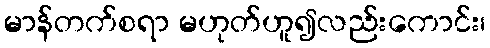
မာန်တက်စရာ မဟုတ်ဟူ၍လည်းကောင်း၊